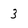
Character: 3